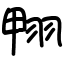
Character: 翈